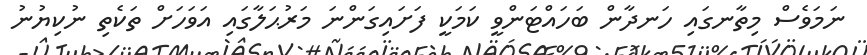
ނަމަވެސް މިތާނގައި ހަނދާން ބަހައްޓަންވީ ކަމަކީ ފަށައިގަންނަ މަރުޙަލާގައި އަވަހަށް ތަކެތި ނުކިޔުނު